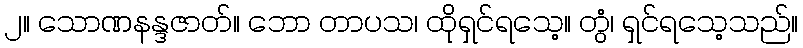
၂။ သောဏနန္ဒဇာတ်။ ဘော တာပသ၊ ထိုရှင်ရသေ့။ တွံ၊ ရှင်ရသေ့သည်။